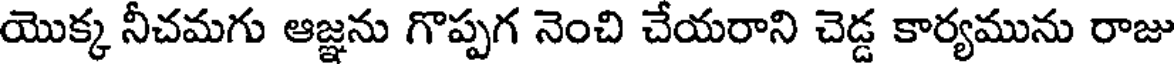
యొక్క నీచమగు ఆజ్ఞను గొప్పగ నెంచి చేయరాని చెడ్డ కార్యమును రాజు